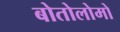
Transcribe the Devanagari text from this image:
बोतोलोमो